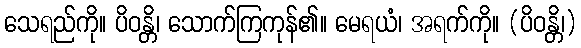
သေရည်ကို။ ပိဝန္တိ၊ သောက်ကြကုန်၏။ မေရယံ၊ အရက်ကို။ (ပိဝန္တိ၊)